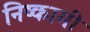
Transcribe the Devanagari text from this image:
निष्कामी